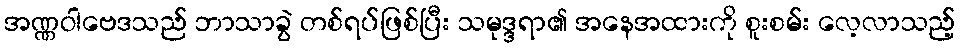
အဏ္ဏဝါဗေဒသည် ဘာသာခွဲ တစ်ရပ်ဖြစ်ပြီး သမုဒ္ဒရာ၏ အနေအထားကို စူးစမ်း လေ့လာသည့်